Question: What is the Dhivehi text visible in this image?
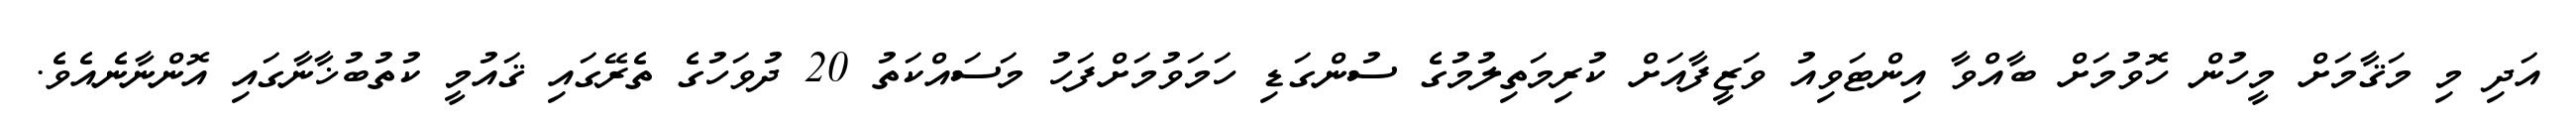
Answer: އަދި މި މަޤާމަށް މީހުން ހޮވުމަށް ބާއްވާ އިންޓަވިއު ވަޒީފާއަށް ކުރިމަތިލުމުގެ ސުންގަޑި ހަމަވުމަށްފަހު މަސައްކަތު 20 ދުވަހުގެ ތެރޭގައި ޤައުމީ ކުތުބުޚާނާގައި އޮންނާނެއެވެ.